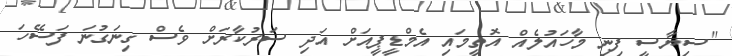
"ސިޔާސީ ފިނި މާހައުލެއް އޮތީމައި އެމްޑީޕީއަށް އަދި ސަރުކާރަށް ވެސް ގިނަގުނަ ފަސޭހަ